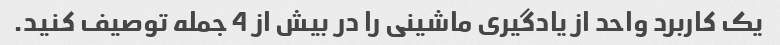
یک کاربرد واحد از یادگیری ماشینی را در بیش از 4 جمله توصیف کنید.